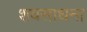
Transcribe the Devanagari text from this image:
शवसाधना